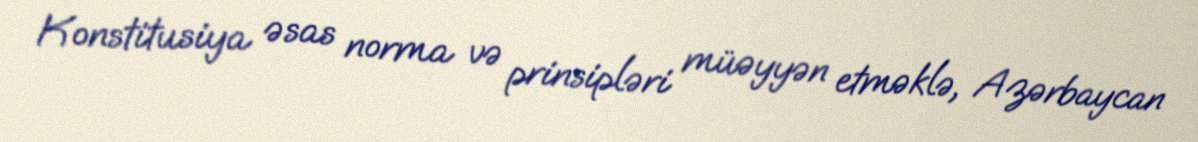
Konstitusiya əsas norma və prinsipləri müəyyən etməklə, Azərbaycan